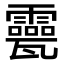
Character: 𤮮